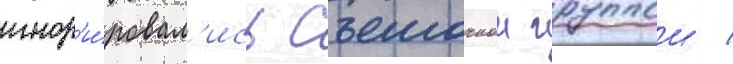
игнор'и́ровал'ись съемочнои группои /